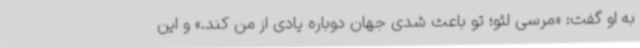
به او گفت: «مرسی لئو؛ تو باعث شدی جهان دوباره یادی از من کند.» و این